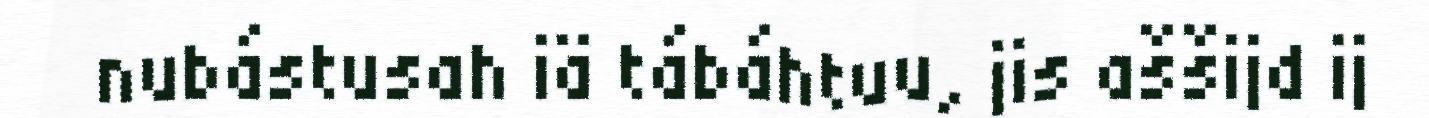
nubástusah iä tábáhtuu, jis aššijd ij